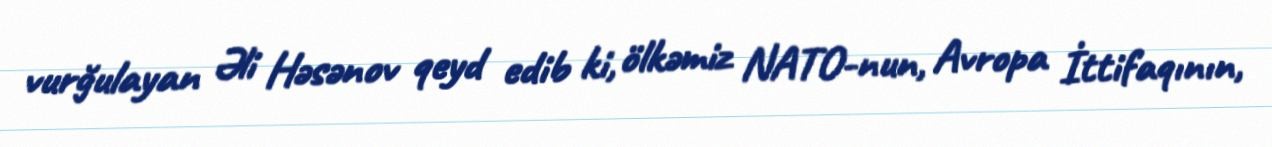
vurğulayan Əli Həsənov qeyd edib ki, ölkəmiz NATO-nun, Avropa İttifaqının,